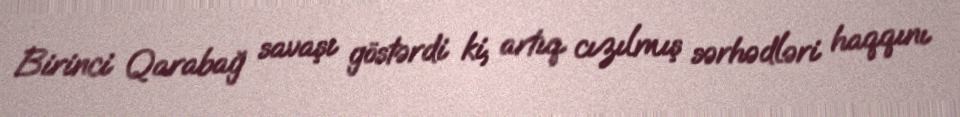
Birinci Qarabağ savaşı göstərdi ki, artıq cızılmış sərhədləri haqqını